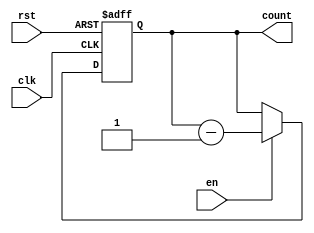
module binary_down_counter_with_enable (
    input wire clk,
    input wire rst,
    input wire en,
    output reg [N-1:0] count
);

parameter N = 8; // number of bits in the counter

always @ (posedge clk or posedge rst) begin
    if (rst) begin
        count <= N'b11111111; // initialize count value
    end
    else if (en) begin
        count <= count - 1; // countdown when enable signal is asserted
    end
end

endmodule